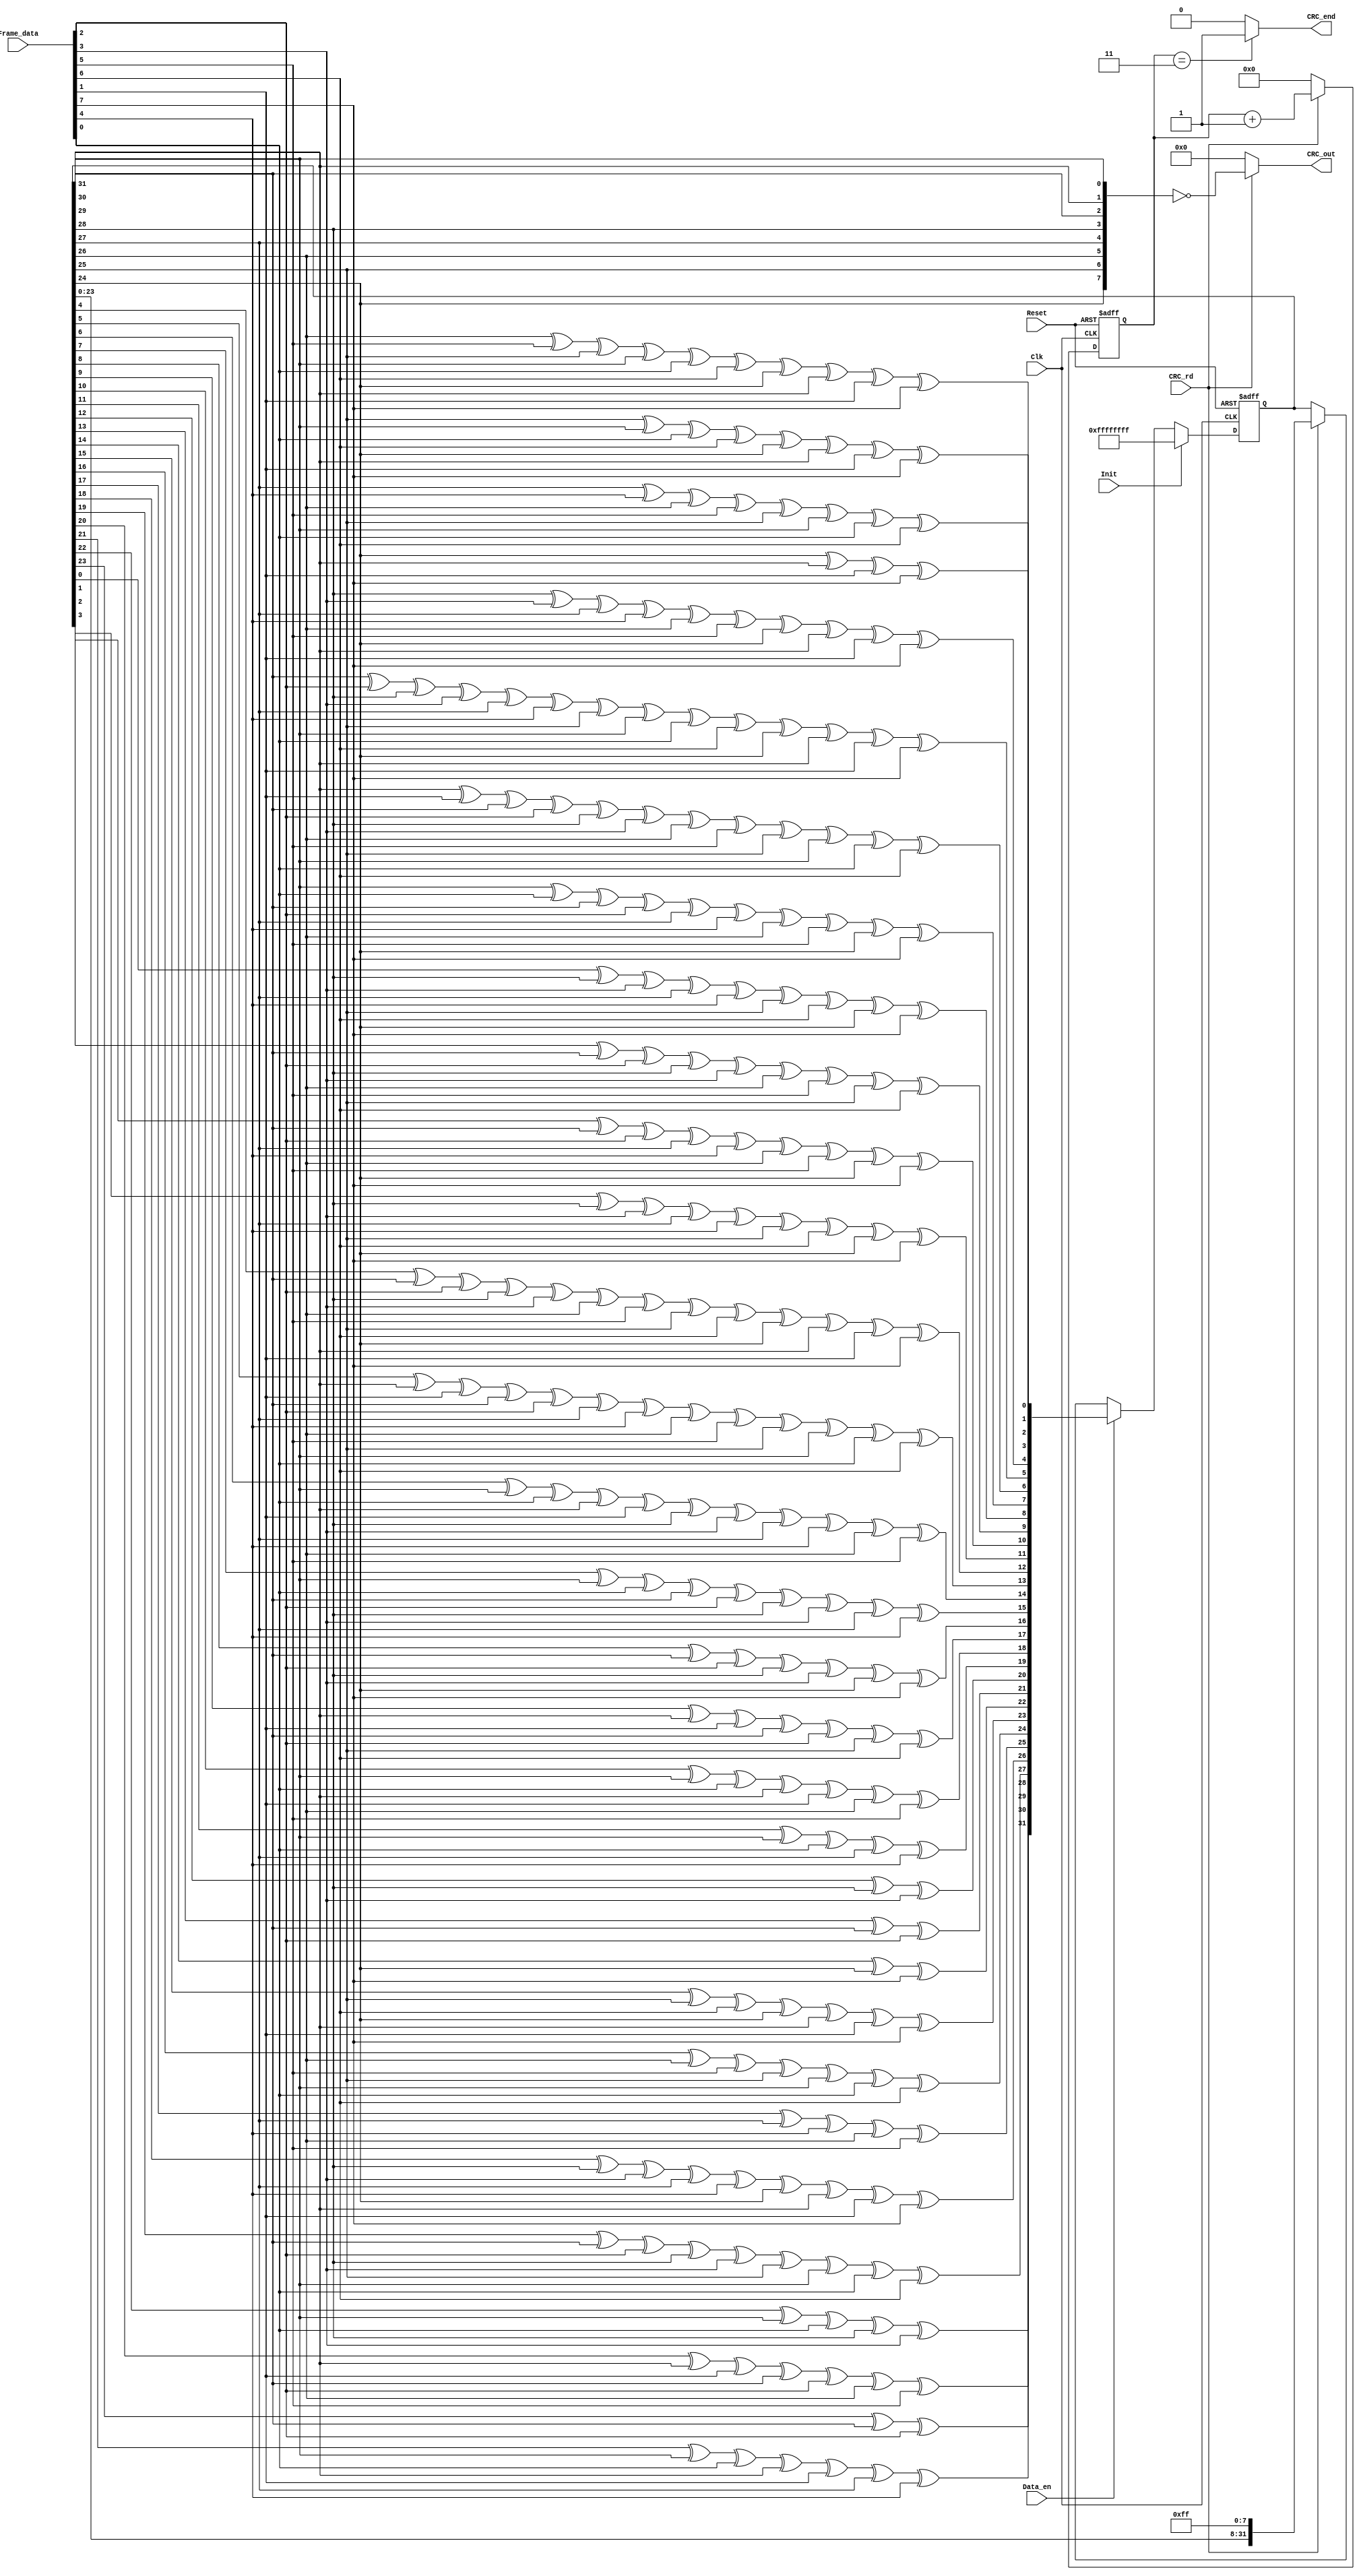
//////////////////////////////////////////////////////////////////////
////                                                              ////
////  CRC_gen.v                                                   ////
////                                                              ////
////  This file is part of the Ethernet IP core project           ////
////  http://www.opencores.org/projects.cgi/web/ethernet_tri_mode/////
////                                                              ////
////  Author(s):                                                  ////
////      - Jon Gao (gaojon@yahoo.com)                            ////
////                                                              ////
////                                                              ////
//////////////////////////////////////////////////////////////////////
////                                                              ////
//// Copyright (C) 2001 Authors                                   ////
////                                                              ////
//// This source file may be used and distributed without         ////
//// restriction provided that this copyright statement is not    ////
//// removed from the file and that any derivative work contains  ////
//// the original copyright notice and the associated disclaimer. ////
////                                                              ////
//// This source file is free software; you can redistribute it   ////
//// and/or modify it under the terms of the GNU Lesser General   ////
//// Public License as published by the Free Software Foundation; ////
//// either version 2.1 of the License, or (at your option) any   ////
//// later version.                                               ////
////                                                              ////
//// This source is distributed in the hope that it will be       ////
//// useful, but WITHOUT ANY WARRANTY; without even the implied   ////
//// warranty of MERCHANTABILITY or FITNESS FOR A PARTICULAR      ////
//// PURPOSE.  See the GNU Lesser General Public License for more ////
//// details.                                                     ////
////                                                              ////
//// You should have received a copy of the GNU Lesser General    ////
//// Public License along with this source; if not, download it   ////
//// from http://www.opencores.org/lgpl.shtml                     ////
////                                                              ////
//////////////////////////////////////////////////////////////////////
//
// CVS Revision History
//
// $Log: CRC_gen.v,v $
// Revision 1.3  2006/01/19 14:07:54  maverickist
// verification is complete.
//
// Revision 1.2  2005/12/16 06:44:17  Administrator
// replaced tab with space.
// passed 9.6k length frame test.
//
// Revision 1.1.1.1  2005/12/13 01:51:45  Administrator
// no message
//

module CRC_gen (
Reset       ,
Clk         ,
Init        ,
Frame_data  ,
Data_en     ,
CRC_rd      ,
CRC_end     ,
CRC_out

);
input           Reset       ;
input           Clk         ;
input           Init        ;
input   [7:0]   Frame_data  ;
input           Data_en     ;
input           CRC_rd      ;
output  [7:0]   CRC_out     ;
output          CRC_end     ;

//******************************************************************************
//internal signals
//******************************************************************************
reg [7:0]       CRC_out     ;
reg [31:0]      CRC_reg;
reg             CRC_end;
reg [3:0]       Counter;
//******************************************************************************
//******************************************************************************
//input data width is 8bit, and the first bit is bit[0]
function[31:0]  NextCRC;
    input[7:0]      D;
    input[31:0]     C;
    reg[31:0]       NewCRC;
    begin
    NewCRC[0]=C[24]^C[30]^D[1]^D[7];
    NewCRC[1]=C[25]^C[31]^D[0]^D[6]^C[24]^C[30]^D[1]^D[7];
    NewCRC[2]=C[26]^D[5]^C[25]^C[31]^D[0]^D[6]^C[24]^C[30]^D[1]^D[7];
    NewCRC[3]=C[27]^D[4]^C[26]^D[5]^C[25]^C[31]^D[0]^D[6];
    NewCRC[4]=C[28]^D[3]^C[27]^D[4]^C[26]^D[5]^C[24]^C[30]^D[1]^D[7];
    NewCRC[5]=C[29]^D[2]^C[28]^D[3]^C[27]^D[4]^C[25]^C[31]^D[0]^D[6]^C[24]^C[30]^D[1]^D[7];
    NewCRC[6]=C[30]^D[1]^C[29]^D[2]^C[28]^D[3]^C[26]^D[5]^C[25]^C[31]^D[0]^D[6];
    NewCRC[7]=C[31]^D[0]^C[29]^D[2]^C[27]^D[4]^C[26]^D[5]^C[24]^D[7];
    NewCRC[8]=C[0]^C[28]^D[3]^C[27]^D[4]^C[25]^D[6]^C[24]^D[7];
    NewCRC[9]=C[1]^C[29]^D[2]^C[28]^D[3]^C[26]^D[5]^C[25]^D[6];
    NewCRC[10]=C[2]^C[29]^D[2]^C[27]^D[4]^C[26]^D[5]^C[24]^D[7];
    NewCRC[11]=C[3]^C[28]^D[3]^C[27]^D[4]^C[25]^D[6]^C[24]^D[7];
    NewCRC[12]=C[4]^C[29]^D[2]^C[28]^D[3]^C[26]^D[5]^C[25]^D[6]^C[24]^C[30]^D[1]^D[7];
    NewCRC[13]=C[5]^C[30]^D[1]^C[29]^D[2]^C[27]^D[4]^C[26]^D[5]^C[25]^C[31]^D[0]^D[6];
    NewCRC[14]=C[6]^C[31]^D[0]^C[30]^D[1]^C[28]^D[3]^C[27]^D[4]^C[26]^D[5];
    NewCRC[15]=C[7]^C[31]^D[0]^C[29]^D[2]^C[28]^D[3]^C[27]^D[4];
    NewCRC[16]=C[8]^C[29]^D[2]^C[28]^D[3]^C[24]^D[7];
    NewCRC[17]=C[9]^C[30]^D[1]^C[29]^D[2]^C[25]^D[6];
    NewCRC[18]=C[10]^C[31]^D[0]^C[30]^D[1]^C[26]^D[5];
    NewCRC[19]=C[11]^C[31]^D[0]^C[27]^D[4];
    NewCRC[20]=C[12]^C[28]^D[3];
    NewCRC[21]=C[13]^C[29]^D[2];
    NewCRC[22]=C[14]^C[24]^D[7];
    NewCRC[23]=C[15]^C[25]^D[6]^C[24]^C[30]^D[1]^D[7];
    NewCRC[24]=C[16]^C[26]^D[5]^C[25]^C[31]^D[0]^D[6];
    NewCRC[25]=C[17]^C[27]^D[4]^C[26]^D[5];
    NewCRC[26]=C[18]^C[28]^D[3]^C[27]^D[4]^C[24]^C[30]^D[1]^D[7];
    NewCRC[27]=C[19]^C[29]^D[2]^C[28]^D[3]^C[25]^C[31]^D[0]^D[6];
    NewCRC[28]=C[20]^C[30]^D[1]^C[29]^D[2]^C[26]^D[5];
    NewCRC[29]=C[21]^C[31]^D[0]^C[30]^D[1]^C[27]^D[4];
    NewCRC[30]=C[22]^C[31]^D[0]^C[28]^D[3];
    NewCRC[31]=C[23]^C[29]^D[2];
    NextCRC=NewCRC;
    end
        endfunction
//******************************************************************************

always @ (posedge Clk or posedge Reset)
    if (Reset)
        CRC_reg     <=32'hffffffff;
    else if (Init)
        CRC_reg     <=32'hffffffff;
    else if (Data_en)
        CRC_reg     <=NextCRC(Frame_data,CRC_reg);
    else if (CRC_rd)
        CRC_reg     <={CRC_reg[23:0],8'hff};

always @ (CRC_rd or CRC_reg)
    if (CRC_rd)
        CRC_out     <=~{
                        CRC_reg[24],
                        CRC_reg[25],
                        CRC_reg[26],
                        CRC_reg[27],
                        CRC_reg[28],
                        CRC_reg[29],
                        CRC_reg[30],
                        CRC_reg[31]
                        };
    else
        CRC_out     <=0;

//caculate CRC out length ,4 cycles
//CRC_end aligned to last CRC checksum data
always @(posedge Clk or posedge Reset)
    if (Reset)
        Counter     <=0;
    else if (!CRC_rd)
        Counter     <=0;
    else
        Counter     <=Counter + 1;

always @ (Counter)
    if (Counter==3)
        CRC_end=1;
    else
        CRC_end=0;

endmodule